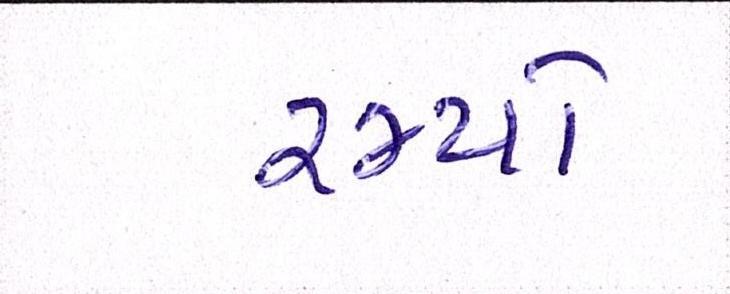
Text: રમ્યો